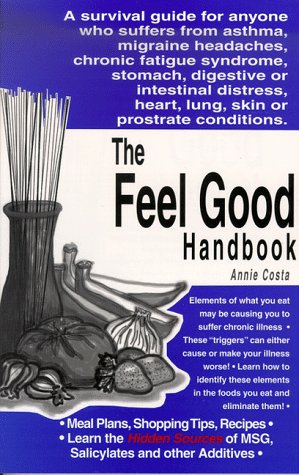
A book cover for The Feel Good Handbook; Annie B. Costa; Health, Fitness & Dieting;